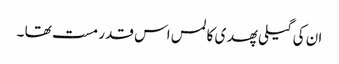
ان کی گیلی پھدی کا لمس اس قدر مست تھا ۔